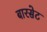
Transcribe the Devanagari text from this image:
बारसेट